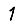
Digit: 1